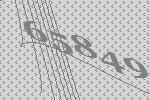
65849